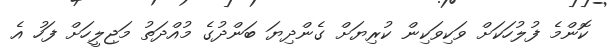
ކޮންމެ ފުލުހަކަށް ވަކިވަކިން ކުރިޔަށް ގެންދިޔަ ބަންދުގެ މުއްދަތު މަޖިލީހަށް ފަހު އެ